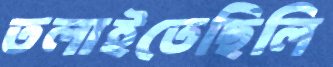
তলাইতেছিলি